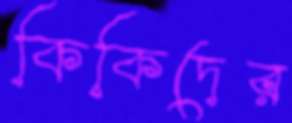
কিকিদের